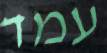
עמד